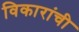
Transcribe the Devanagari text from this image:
विकारांची